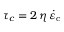
\tau _ { c } = 2 \, \eta \, \dot { \varepsilon } _ { \mathrm { c } }